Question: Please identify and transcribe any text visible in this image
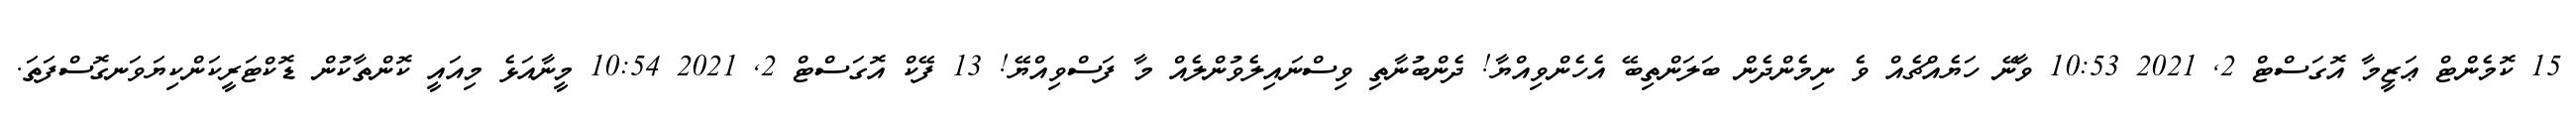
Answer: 15 ކޮމެންޓް ޢަޒީމާ އޮގަސްޓް 2, 2021 10:53 ވާނޭ ހަޔެއްޗެއް ވެ ނިމެންދެން ބަލަންތިބޭ އެހެންވިއްޔާ! ދެންބުނާތި ވިސްނައިލެވުންލެއް މާ ފަސްވިއްޔޭ! 13 ފޭކް އޮގަސްޓް 2, 2021 10:54 މީނާއަޅެ މިއައީ ކޮންތާކުން ޑޮކްޓަރީކަންކިޔަވަނގޮސްފަތަ.